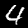
Digit: 4